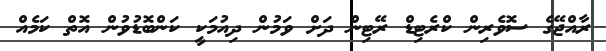
ރާއްޖޭގެ ސޮވެރިން ކްރެޓިޑް ރޭޓިން ދަށް ވަމުން ދިއުމަކީ ކަންބޮޑުވުން އޮތް ކަމެއް